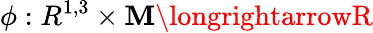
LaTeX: \phi:R^{1,3}\times{\cal\mathbf{M}}\longrightarrowR